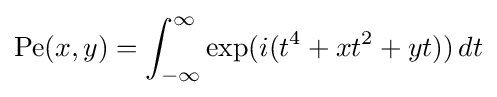
\operatorname {Pe} (x,y)=\int _{-\infty }^{\infty }\exp(i(t^{4}+xt^{2}+yt))\,dt